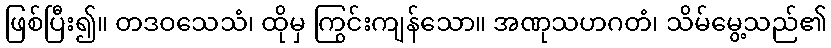
ဖြစ်ပြီး၍။ တဒဝသေသံ၊ ထိုမှ ကြွင်းကျန်သော။ အဏုသဟဂတံ၊ သိမ်မွေ့သည်၏